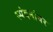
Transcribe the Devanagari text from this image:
स्पंदनांवर